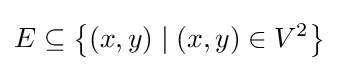
E\subseteq \left\{(x,y)\mid (x,y)\in V^{2}\right\}